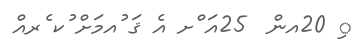
ި 20އން  25އަ ްށ އެ ޤަ ުއމަށް ުކ ެރއް